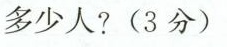
多少人?(3分)